Scottish Leaving Certificate Examination, 1958
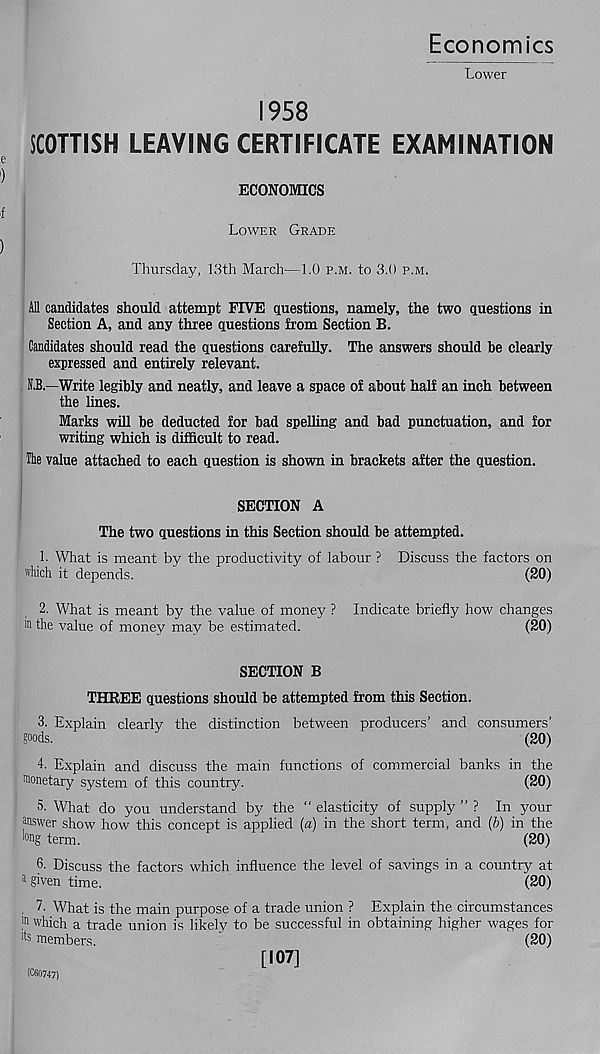
Economics
Lower
1958
SCOTTISH LEAVING CERTIFICATE EXAMINATION
ECONOMICS
Lower Grade
Thursday, 13th March—1.0 p.m. to 3.0 p.m.
All candidates should attempt FIVE questions, namely, the two questions in
Section A, and any three questions from Section B.
Candidates should read the questions carefully. The answers should be clearly
expressed and entirely relevant.
U.B.- Write legibly and neatly, and leave a space of about half an inch between
the lines.
Marks will be deducted for bad spelling and bad punctuation, and for
writing which is difficult to read.
The value attached to each question is shown in brackets after the question.
SECTION A
The two questions in this Section should be attempted.
1. What is meant by the productivity of labour ? Discuss the factors on
which it depends.
(20)
2. What is meant by the value of money ?
m the value of money may be estimated.
Indicate briefly how changes
(20)
SECTION B
THREE questions should be attempted from this Section.
3. Explain clearly the distinction between producers’ and consumers’
goods.
(20)
4. Explain and discuss the main functions of commercial banks in the
Monetary system of this country.
(20)
5. What do you understand by the “ elasticity of supply ” ? In your
Miswer show how this concept is applied (a) in the short term, and (b) in the
lon g term.
(20)
6. Discuss the factors which influence the level of savings in a country at
a given time.
(20)
. 7. What is the main purpose of a trade union ? Explain the circumstances
! n which a trade union is likely to be successful in obtaining higher wages for
lts members.
(20)
[107]
(C60747)